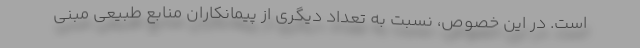
است. در این خصوص، نسبت به تعداد دیگری از پیمانکاران منابع طبیعی مبنی